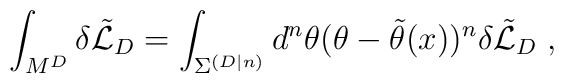
\int_{M^{D}} \delta\tilde{{\cal L}}_D = \int_{{\Sigma}^{(D|n)}} d^n\theta (\theta -\tilde{\theta}(x))^n \delta\tilde{{\cal L}}_D \; ,